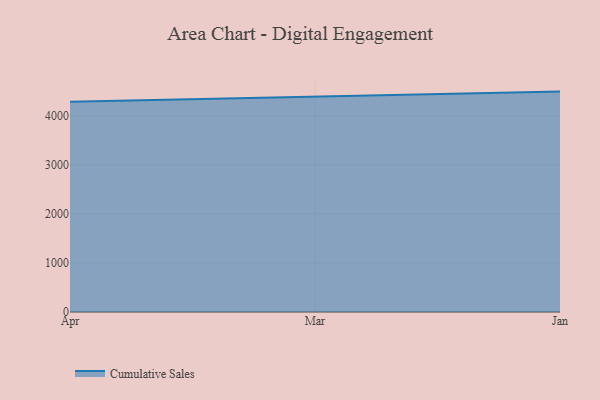
{"axis": {"x": "Month", "y": "Website Visitors"}, "legend": ["Cumulative Sales"], "data": [{"x": "Apr", "y": 4284.0, "type": "Cumulative Sales"}, {"x": "Mar", "y": 4382.4, "type": "Cumulative Sales"}, {"x": "Jan", "y": 4490.8, "type": "Cumulative Sales"}]}